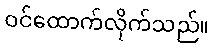
ဝင်ထောက်လိုက်သည်။